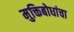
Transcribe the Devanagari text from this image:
मुक्तिबोधांचा